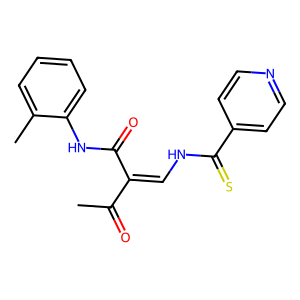
SMILES: CC(=O)C(=CNC(=S)c1ccncc1)C(=O)Nc1ccccc1C
Inhibits HIV replication: No